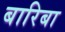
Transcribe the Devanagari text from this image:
बारिबा